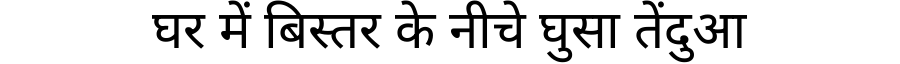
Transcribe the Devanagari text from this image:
घर में बिस्तर के नीचे घुसा तेंदुआ